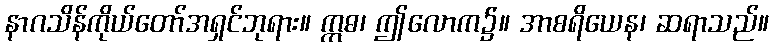
နာဂသိန်ကိုယ်တော်အရှင်ဘုရား။ ဣဓ၊ ဤလောက၌။ အာစရိယေန၊ ဆရာသည်။